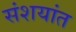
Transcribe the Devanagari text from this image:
संशयांत